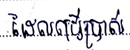
ដែលប្រើប្រាស់